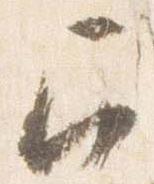
召